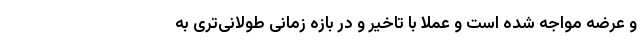
و عرضه مواجه شده است و عملا با تاخیر و در بازه زمانی طولانی‌تری به